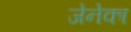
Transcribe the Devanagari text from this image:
जेनेका